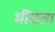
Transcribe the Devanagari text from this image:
भींचता